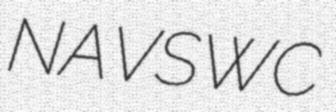
NAVSWC